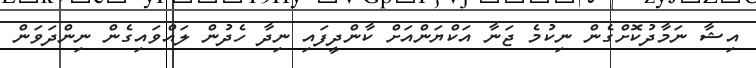
އިޝާ ނަމާދުކޮށްގެން ނިކުމެ ޖަނާ އަކްޔަންއަށް ކާންދީފައި ނިދާ ހެދުން ލައްވައިގެން ނިންދަވަން